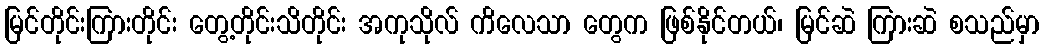
မြင်တိုင်းကြားတိုင်း တွေ့တိုင်းသိတိုင်း အကုသိုလ် ကိလေသာ တွေက ဖြစ်နိုင်တယ်၊ မြင်ဆဲ ကြားဆဲ စသည်မှာ